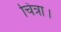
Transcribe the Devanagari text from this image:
चित्रा।